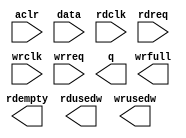
module gsensor_fifo (
	aclr,
	data,
	rdclk,
	rdreq,
	wrclk,
	wrreq,
	q,
	rdempty,
	rdusedw,
	wrfull,
	wrusedw);

	input	  aclr;
	input	[7:0]  data;
	input	  rdclk;
	input	  rdreq;
	input	  wrclk;
	input	  wrreq;
	output	[7:0]  q;
	output	  rdempty;
	output	[3:0]  rdusedw;
	output	  wrfull;
	output	[3:0]  wrusedw;
`ifndef ALTERA_RESERVED_QIS
// synopsys translate_off
`endif
	tri0	  aclr;
`ifndef ALTERA_RESERVED_QIS
// synopsys translate_on
`endif

endmodule